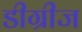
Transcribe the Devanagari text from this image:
डीग्रीज